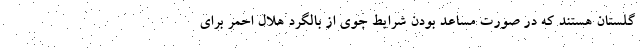
گلستان هستند که در صورت مساعد بودن شرایط جوی از بالگرد هلال احمر برای